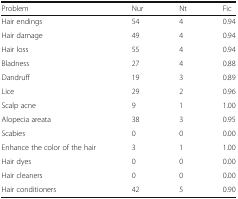
| Problem | Nur | Nt | Fic |
 | --- | --- | --- | --- |
 | Hair endings | 54 | 4 | 0.94 |
 | Hair damage | 49 | 4 | 0.94 |
 | Hair loss | 55 | 4 | 0.94 |
 | Bladness | 27 | 4 | 0.88 |
 | Dandruff | 19 | 3 | 0.89 |
 | Lice | 29 | 2 | 0.96 |
 | Scalp acne | 9 | 1 | 1.00 |
 | Alopecia areata | 38 | 3 | 0.95 |
 | Scabies | 0 | 0 | 0.00 |
 | Enhance the color of the hair | 3 | 1 | 1.00 |
 | Hair dyes | 0 | 0 | 0.00 |
 | Hair cleaners | 0 | 0 | 0.00 |
 | Hair conditioners | 42 | 5 | 0.90 |